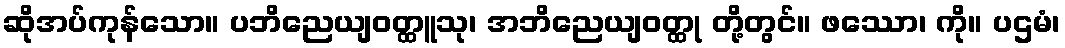
ဆိုအပ်ကုန်သော။ ပဘိညေယျဝတ္ထူသု၊ အဘိညေယျဝတ္ထု တို့တွင်။ ဖဿော၊ ကို။ ပဌမံ၊